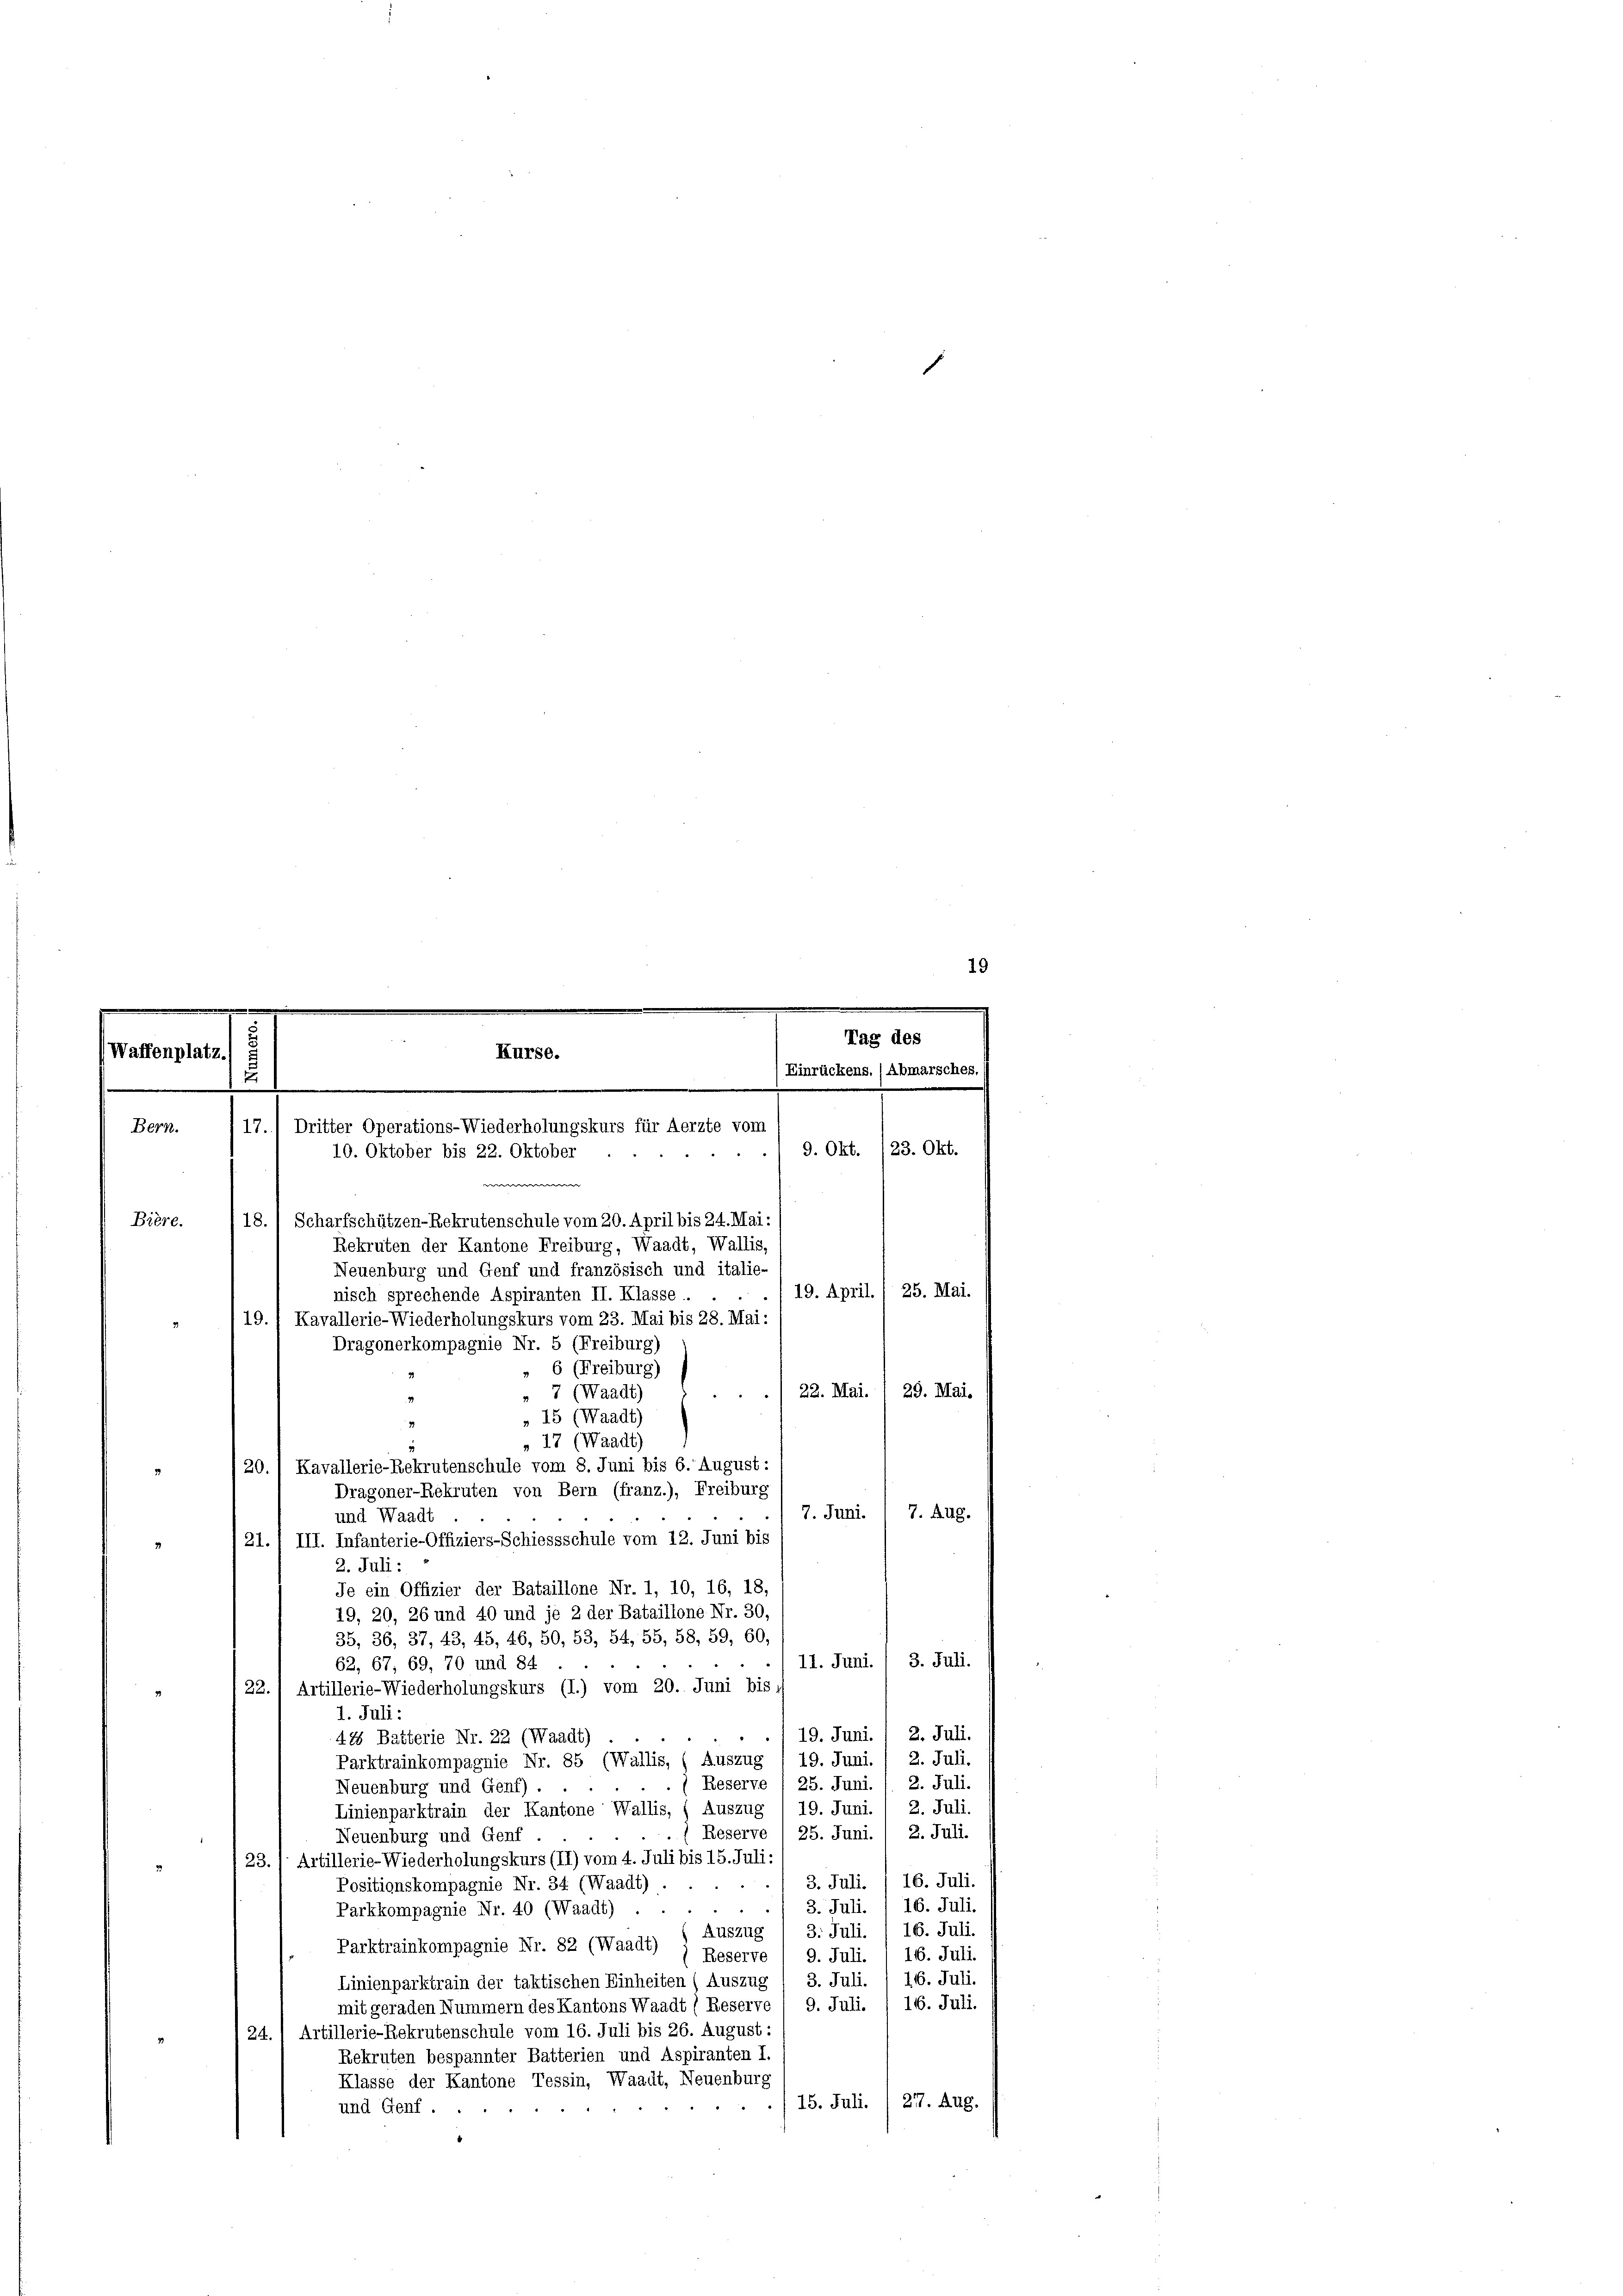
19
e
Tag des
52.
Waffenplatz
Kurse.
Einrückens. (Abmarsches.
.
.
17.) Dritter Operations-Wiederholungskurs für Aerzte vom
Bern.
9. Okt. (23. Okt.
10. Oktober bis 22. Oktober

e
Bière.
18.) Scharfschützen-Rekrutenschule vom 20. April bis 24. Mai:
Rekruten der Kantone Freiburg, Waadt, Wallis,
Neuenburg und Genf und französisch und italie-
./19. April., 25. Mai.
nisch sprechende Aspiranten II. Klasse.
19.) Kavallerie-Wiederholungskurs vom 23. Mai bis 28. Mai:
6 (Freiburg)
22. Mai. 1 29. Mai.
» 7 (Waadt)
» 15 (Waadt)
» 17 (Waadt)
20.) Kavallerie-Rekrutenschule vom 8. Juni bis 6. August:
28
Dragoner-Rekruten von Bern (franz.), Freiburg
7. Juni.  7. Aug.
und Waadt
21., III. Infanterie-Offiziers-Schiessschule vom 12. Juni bis
2. Juli:
Je ein Offizier der Bataillone Nr. 1, 10, 16, 18,
19, 20, 26 und 40 und je 2 der Bataillone Nr. 30,
35, 36, 37, 43, 45, 46, 50, 53, 54, 55, 58, 59, 60,
11. Juni. / 3. Juli.
62, 67, 69, 70 und 84
22.) Artillerie-Wiederholungskurs (I.) vom 20. Juni bis
1. Juli:
19. Juni. / 2. Juli.
426 Batterie Nr. 22 (Waadt)
2. Juli.
19. Juni.
Parktrainkompagnie Nr. 85 (Wallis, (Auszug
Reserve / 25. Juni. 1. 2. Juli
Neuenburg und Genf) .
2. Juli.
19. Juni.
Linienparktrain der Kantone Wallis, (Auszug
Reserve / 25. Juni. / 2. Juli.
Neuenburg und Genf
23., Artillerie-Wiederholungskurs (II) vom 4. Juli bis 15. Juli:
3. Juli. /16. Juli.
Positionskompagnie Nr. 34 (Waadt).
16. Juli.
3. Juli.
Parkkompagnie Nr. 40 (Waadt) .
Auszug 1 3. Juli. 16. Juli.
Parktrainkompagnie Nr. 82 (Waadt)
9. Juli. 116. Juli.
Reserve
116. Juli.
3. Juli.
Linienparktrain der taktischen Einheiten (Auszug
116. Juli.
mit geraden Nummern des Kantons Waadt (Reserve / 9. Juli.
,24. 1 Artillerie-Rekrutenschule vom 16. Juli bis 26. August :
Rekruten bespannter Batterien und Aspiranten I
Klasse der Kantone Tessin, Waadt, Neuenburg
15. Juli. I 277. Aug.
und Genf.

Dragonerkompagnie Nr. 5 (Freiburg)

d